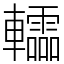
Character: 䡼